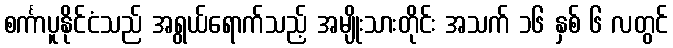
စင်္ကာပူနိုင်ငံသည် အရွယ်ရောက်သည့် အမျိုးသားတိုင်း အသက် ၁၆ နှစ် ၆ လတွင်